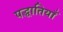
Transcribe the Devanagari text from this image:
पद्धातियाँ